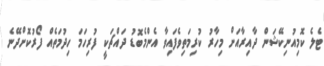
ޓެލެ ކޮމިއުނިކޭޝަން ދާއިރާއަށް މިހާރު ކުރިމަތިވެފައިވާ އެންމެބޮޑު ދައްޗަކީ ފުރިހަމަ ހިދުމަތެއް ފޯރުކޮށްދޭނެ